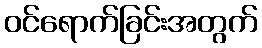
ဝင်ရောက်ခြင်းအတွက်